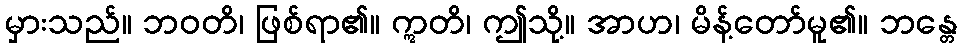
မှားသည်။ ဘဝတိ၊ ဖြစ်ရာ၏။ ဣတိ၊ ဤသို့။ အာဟ၊ မိန့်တော်မူ၏။ ဘန္တေ